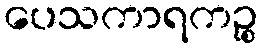
ပေသကာရကဉ္စ